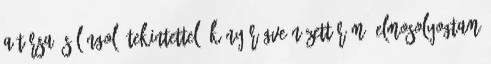
a társa és lángoló tekintettel, könyörögve nézett rám. Elmosolyogtam